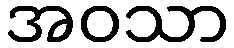
အဝသာ